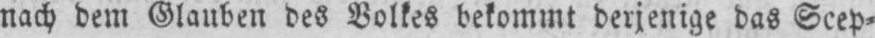
nach dem Glauben des Volkes bekommt derjenige das Scep⸗